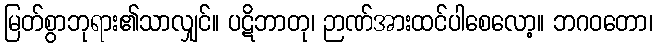
မြတ်စွာဘုရား၏သာလျှင်။ ပဋိဘာတု၊ ဉာဏ်အားထင်ပါစေလော့။ ဘဂဝတော၊